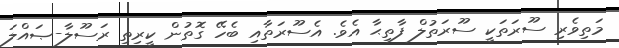
މަތިވެރި ސޫރަތަކީ ސޫރަތުލް ފާތިޙާ އެވެ. އެސޫރަތާއި ބެހޭ ގޮތުން ކީރިތި ރަސޫލާ-ޞައްލަ